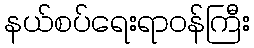
နယ်စပ်ရေးရာဝန်ကြီး